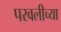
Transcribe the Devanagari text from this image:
परवलीच्या